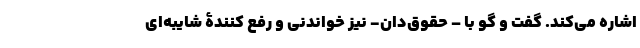
اشاره می‌کند. گفت و گو با – حقوق‌دان- نیز خواندنی و رفع کنندۀ شایبه‌ای